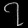
Digit: ၇